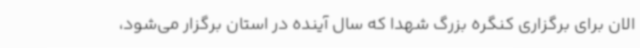
الان برای برگزاری کنگره بزرگ شهدا که سال آینده در استان برگزار می‌شود،